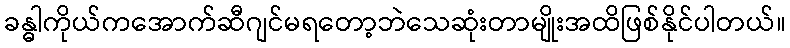
ခန္ဓါကိုယ်ကအောက်ဆီဂျင်မရတော့ဘဲသေဆုံးတာမျိုးအထိဖြစ်နိုင်ပါတယ်။